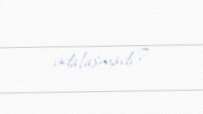
vidalaşmadı?.